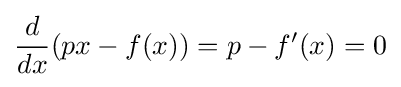
{\frac {d}{dx}}(px-f(x))=p-f'(x)=0